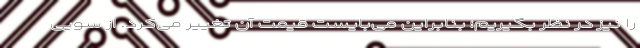
را نیز در نظر بگیریم؛ بنابراین می‌بایست قیمت آن تغییر می‌کرد. از سویی